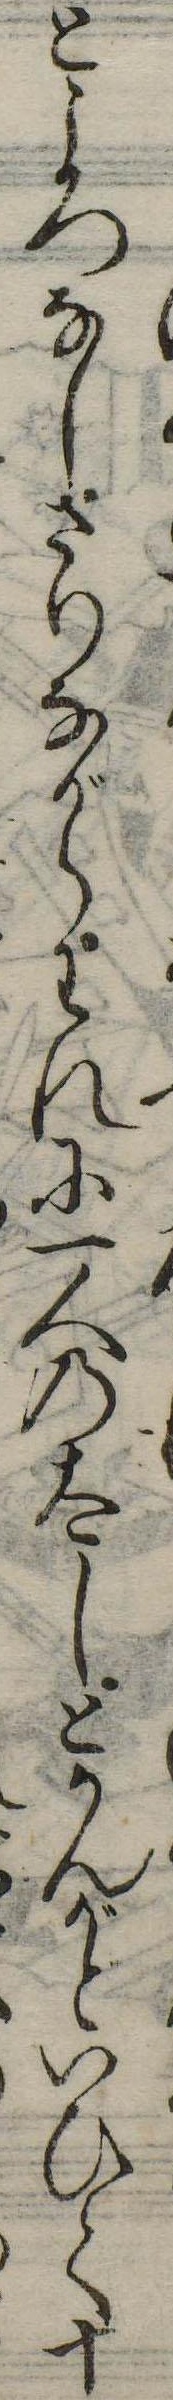
ところなしさりながらわれに一人の太しとかんがといひて十